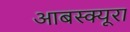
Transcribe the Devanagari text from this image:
आबस्क्यूरा